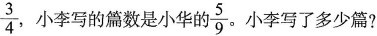
\frac{3}{4}，小李写的篇数是小华的\frac{5}{9}。小李写了多少篇？